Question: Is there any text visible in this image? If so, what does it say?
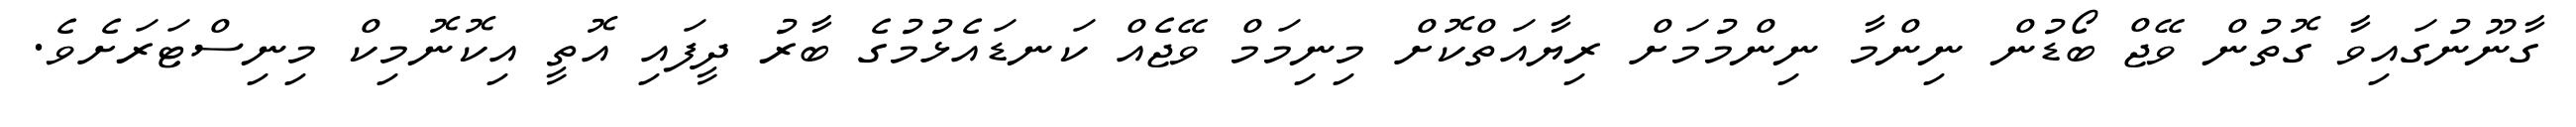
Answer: ގާނޫނުގައިވާ ގޮތުން ވޭޖް ބޯޑުން ނިންމާ ނިންމުމަށް ރިޔާއަތްކޮށް މިނިމަމް ވޭޖެއް ކަނޑައެޅުމުގެ ބާރު ދީފައި އޮތީ އިކޮނޮމިކް މިނިސްޓަރަށެވެ.